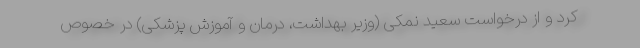
کرد و از درخواست سعید نمکی (وزیر بهداشت، درمان و آموزش پزشکی) در خصوص